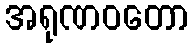
အရုဏဝတော